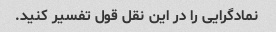
نمادگرایی را در این نقل قول تفسیر کنید.